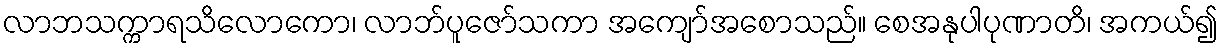
လာဘသက္ကာရသိလောကော၊ လာဘ်ပူဇော်သကာ အကျော်အစောသည်။ စေအနုပါပုဏာတိ၊ အကယ်၍